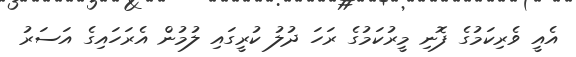
އެއީ ވެރިކަމުގެ ފޮނި މީރުކަމުގެ ރަހަ ދުލު ކުރީގައި ލުމުން އެރަހައިގެ އަސަރު